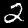
Label: 2